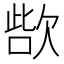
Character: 𣣊